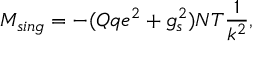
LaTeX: { \cal M } _ { s i n g } = - ( Q q e ^ { 2 } + g _ { s } ^ { 2 } ) { \cal N T } \frac { 1 } { k ^ { 2 } } ,